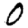
Digit: 0